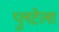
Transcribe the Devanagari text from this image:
प्लुटेला